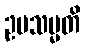
ဥပသမ္မတိ